Vaccination in Bombay 1902-1912 - 1902-1912
Year: 1902
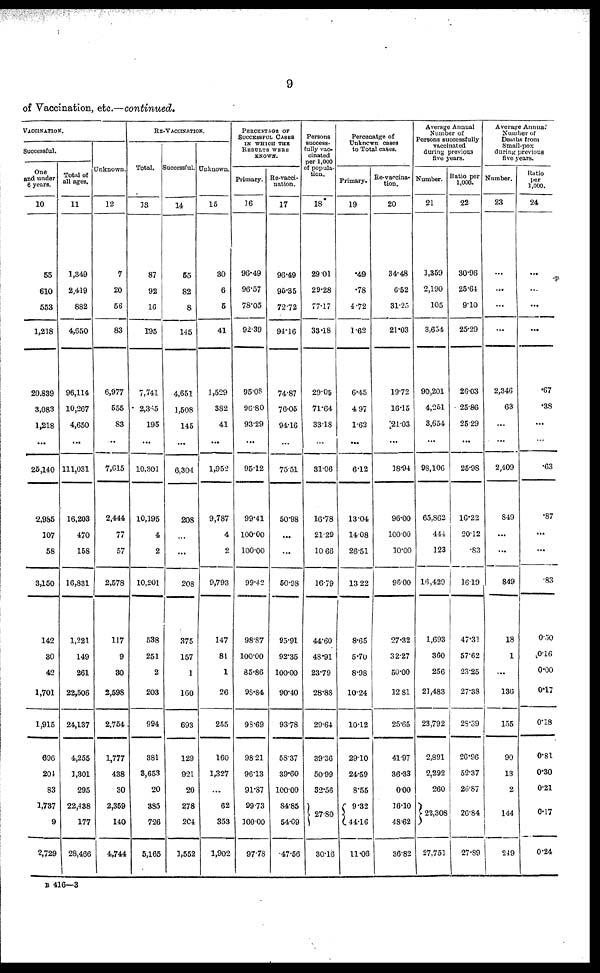
9
of Vaccination, etc.—continued.
VACCINATION.
Successful.
One
and under
6 years.
10
55
610
553
1,218
20,839
3,083
1,218
...
25,140
2,985
107
58
3,150
142
30
42
1,701
1,915
696
204
83
1,737
9
2,729
Total of
all ages.
11
1,349
2,419
882
4,650
96,114
10,267
4,650
...
111,031
16,203
470
158
16,831
1,221
149
261
22,506
24,137
4,255
1,301
295
22,438
177
28,466
Unknown.
12
7
20
56
83
6,977
555
83
..
7,615
2,444
77
57
2,578
117
9
30
2,598
2,754
1,777
438
30
2,359
140
4,744
RE-VACCINATION.
Total.
13
87
92
16
195
7,741
2,365
195
...
10,301
10,195
4
2
10,201
538
251
2
203
994
381
8,653
20
385
726
5,165
Successful.
14
55
82
8
145
4,651
1,508
145
...
6,304
208
...
...
208
375
157
1
160
693
129
921
20
278
204
1,552
Unknown.
15
30
6
5
41
1,529
382
41
...
1,952
9,787
4
2
9,793
147
81
1
26
255
160
1,327
...
62
353
1,902
PERCENTAGE OF
SUCCESSFUL CASES
IN WHICH THE
RESULTS WERE
KNOWN.
Primary.
16
96.49
96.57
78.05
92.39
95.08
96.80
93.29
...
95.12
99.41
100.00
100.00
99.42
98.87
100.00
85.86
98.84
98.69
98.21
96.13
91.87
99.73
100.00
97.78
Re-vacci-
nation.
17
96.49
95.35
72.72
94.16
74.87
76.05
94.16
...
75.51
50.98
...
...
50.98
95.91
92.35
100.00
90.40
93.78
58.37
39.60
100.00
84.85
54.69
47.56
Persons
success-
fully vac-
cinated
per 1,000
of popula-
tion.
18
29.01
29.28
77.17
33.18
29.05
71.64
33.18
...
31.06
16.78
21.29
10.66
16.79
44.60
48.91
23.79
28.88
29.64
39.36
50.99
32.56
27.80
30.16
Percenatge of
Unknown cases
to Total cases.
Primary.
19
.49
.78
4.72
1.62
6.45
4.97
1.62
...
6.12
13.04
14.08
26.51
13.22
8.65
5.70
8.98
10.24
10.12
29.10
24.59
8.55
9.32
44.16
11.06
Re-vaccina-
tion.
20
34.48
6.52
31.25
21.03
19.72
16.15
21.03
...
18.94
96.00
100.00
10.00
96.00
27.32
32.27
50.00
12.81
25.65
41.97
36.33
0.00
16.10
48.62
36.82
Average Annual
Number of
Persons successfully
vaccinated
during previous
five years.
Number.
21
1,359
2,190
105
3,654
90,201
4,251
3,654
...
98,106
65,862
444
123
16,429
1,693
360
256
21,483
23,792
2,891
2,292
260
22,308
27,751
Ratio per
1,000.
22
30.96
25.64
9.10
25.29
26.03
25.86
25.29
...
25.98
16.22
20.12
.83
16.19
47.31
57.62
23.25
27.38
28.39
26.96
52.37
26.87
26.84
27.89
Average Annual
Number of
Deaths from
Small-pox
during previous
five years.
Number.
23
...
...
...
...
2,346
63
...
...
2,409
849
...
...
849
18
1
...
136
155
90
13
2
144
249
Ratio
per
1,000.
24
...
...
...
...
.67
.38
...
...
.63
.87
...
...
.83
0.50
0.16
0.00
0.17
0.18
0.81
0.30
0.21
0.17
0.24
B 416—3